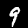
Digit: 9